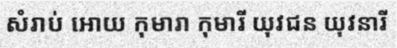
សំរាប់ អោយ កុមារា កុមារី យុវជន យុវនារី